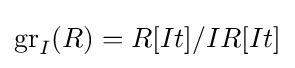
\operatorname {gr} _{I}(R)=R[It]/IR[It]